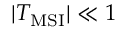
| T _ { \mathrm { M S I } } | \ll 1